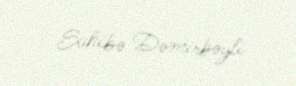
Sahibə Dəmirbəyli